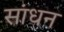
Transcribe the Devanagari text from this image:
सांधन